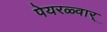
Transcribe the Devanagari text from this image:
पेयरळ्वार्